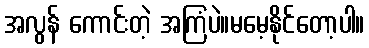
အလွန် ကောင်းတဲ့ အကြံပဲ။မမေ့နိုင်တော့ပါ။